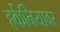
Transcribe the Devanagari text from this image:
हर्केनियावर